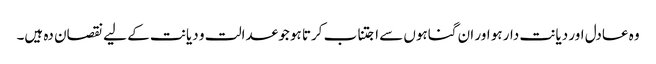
وہ عادل اور دیانت دار ہو اور ان گناہوں سے اجتناب کرتا ہو جو عدالت و دیانت کے لیے نقصان دہ ہیں۔